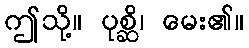
ဤသို့။ ပုစ္ဆိ၊ မေး၏။